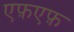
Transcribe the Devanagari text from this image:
एफ़एफ़